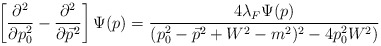
\begin{align*}\left[\frac{\partial^2}{\partial p_0^2}-\frac{\partial^2}{\partial\vec p^2} \right]\Psi(p) = \frac{4\lambda_F\Psi(p)}{(p_0^2-\vec p^2+W^2-m^2)^2-4p_0^2W^2)}\end{align*}